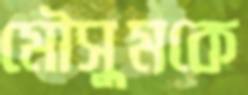
মৌসুমকে